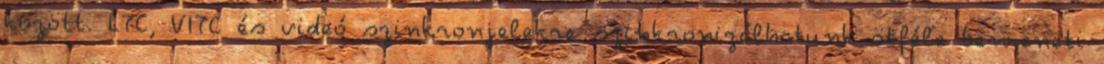
között. LTC, VITC és videó szinkronjelekre szinkronizálhatunk ötféle bemeneti